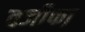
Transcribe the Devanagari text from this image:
वजीफा़